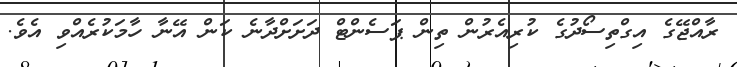
ރާއްޖޭގެ އިގްތިސޯދުގެ ކުރިއެރުން ތިން ޕަސެންޓް ދަށަށްދާނެ ކަން އޭނާ ހާމަކުރެއްވި އެވެ.